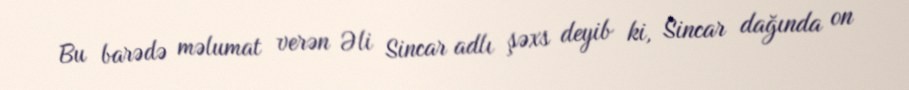
Bu barədə məlumat verən Əli Sincar adlı şəxs deyib ki, Sincar dağında on